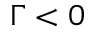
\Gamma < 0